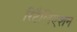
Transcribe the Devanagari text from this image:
रिटैलिएशन